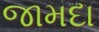
જામદા